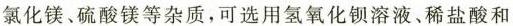
氯化镁、硫酸镁等杂质，可选用氢氧化钡溶液、稀盐酸和